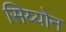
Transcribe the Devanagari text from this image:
सिय्योन